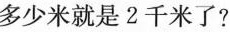
多少米就是 2 千米了?